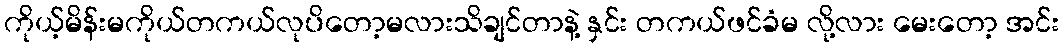
ကိုယ့်မိန်းမကိုယ်တကယ်လုပိတော့မလားသိချင်တာနဲ့ နှင်း တကယ်ဖင်ခံမ လို့လား မေးတော့ အင်း